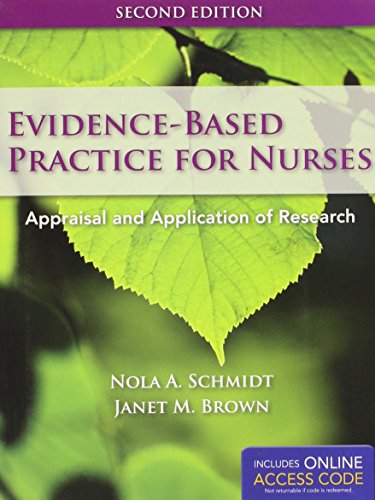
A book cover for Evidence-Based Practice For Nurses: Appraisal and Application of Research (Schmidt, Evidence Based Practice for Nurses); Nola A. Schmidt; Medical Books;